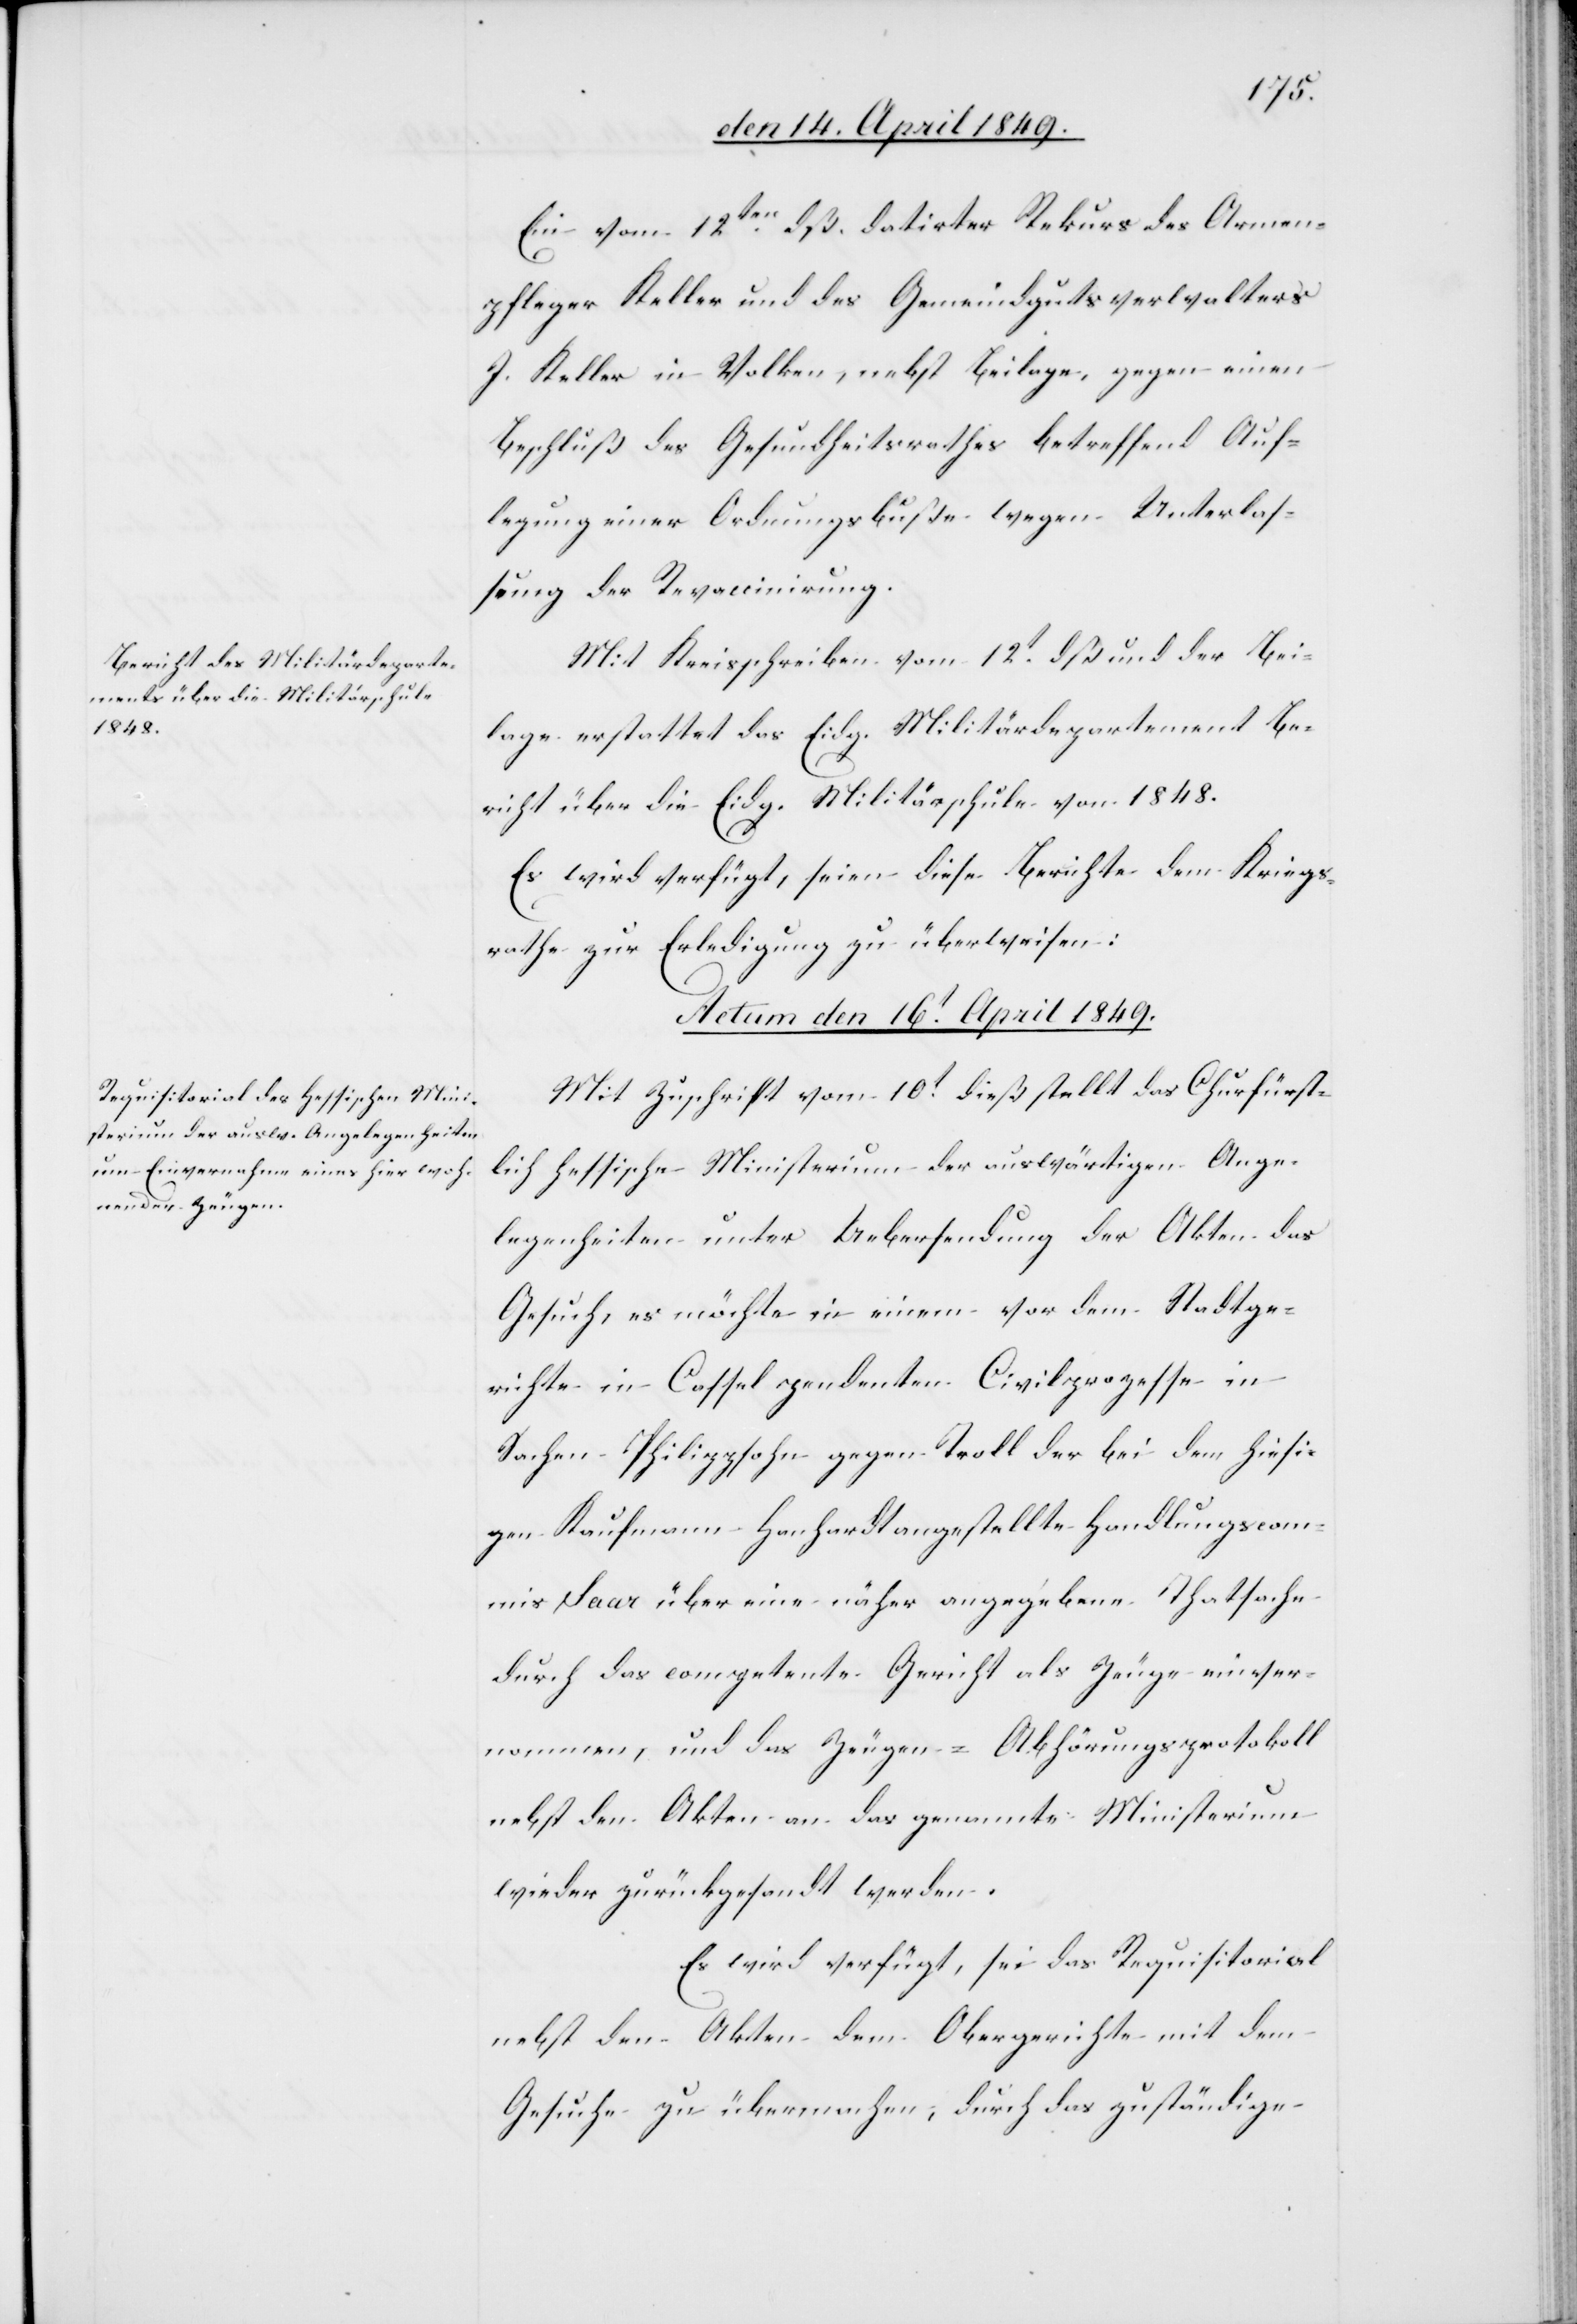
ge¬
Ein vom 12ten dß. datirter Rekurs des Armen¬
pfleger Keller und des Gemeindgutsverwalters
J. Keller in Volken, nebst Beilage, gegen einen
Beschluß des Gesundheitsrathes betreffend Auf¬
legung einer Ordnungsbuße wegen Unterlas¬
sung der Revaccinirung.
Mit Kreisschreiben vom 12t dß und der Bei¬
lage erstattet das Eidg. Militärdepartement Be¬
richt über die Eidg. Militärschule vom 1848.
Es wird verfügt, seien diese Berichte dem Kriegs¬
rathe zur Erledigung zu überweisen:
Actum den 16t April 1849.
Mit Zuschrift vom 10t dieß stellt das Churfürstli¬
legenheiten unter Uebersendung der Akten das
Gesuch, es möchte in einem vor dem Stadtge¬
richte in Cassel pendenten Civilprozesse in
Sachen Philippsohn gegen Troll der bei dem hiesi¬
gen Kaufmann Hanhardt angestellte Handlungscom¬
mis Saar über eine näher angegebene Thatsache
durch das competente Gericht als Zeuge einver¬
nommen, und das Zeugen-Abhörungsprotokoll
nebst den Akten an das genannte Ministerium
wieder zurückgesandt werden.
Es wird verfügt, sei das Requisitorial
nebst den Akten dem Obergerichte mit dem
Gesuche zu übermachen, durch das zuständige